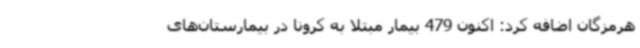
هرمزگان اضافه کرد: اکنون 479 بیمار مبتلا به کرونا در بیمارستان‌های